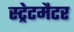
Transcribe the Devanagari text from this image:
स्ट्रेटमैटर